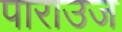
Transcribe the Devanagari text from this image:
पाराउज